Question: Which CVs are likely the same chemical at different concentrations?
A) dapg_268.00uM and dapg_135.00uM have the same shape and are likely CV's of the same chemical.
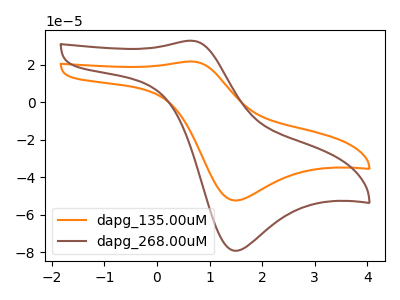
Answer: <think>The orange curve "dapg_135.00uM" has an anodic peak at (0.65V, 21.60uA) and a cathodic peak at (1.50V, -52.35uA). The brown curve "dapg_268.00uM" has an anodic peak at (0.65V, 32.70uA) and a cathodic peak at (1.50V, -79.10uA).
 All the peaks in "dapg_135.00uM" have a peak in "dapg_268.00uM" at the same potential. Every peak in "dapg_135.00uM" is lower than every peak in "dapg_268.00uM".</think>
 <answer>A) "dapg_268.00uM" and "dapg_135.00uM" have the same shape and are likely CV's of the same chemical.</answer>
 <eval>A</eval>